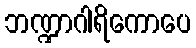
ဘဏ္ဍာဂါရိကောပေ